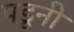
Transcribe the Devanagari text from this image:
पडूनी